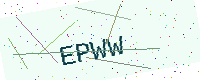
Text: EPWW